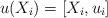
LaTeX: \begin{align*}u(X_i)=[X_i,u_i]\end{align*}